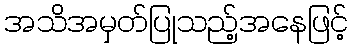
အသိအမှတ်ပြုသည့်အနေဖြင့်